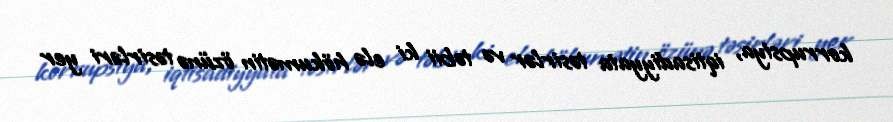
korrupsiya, iqtisadiyyata təsirlər və təbii ki elə hökumətin özünə təsirləri yer